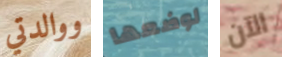
ووالدتي لوضعها الآن